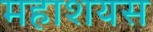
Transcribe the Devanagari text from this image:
महाशयस